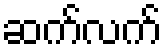
ဆက်လက်